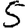
Digit: 5